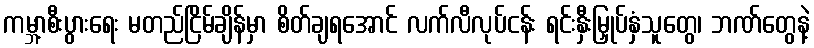
ကမ္ဘာ့စီးပွားရေး မတည်ငြိမ်ချိန်မှာ စိတ်ချရအောင် လက်လီလုပ်ငန်း ရင်းနှီးမြှုပ်နှံသူတွေ၊ ဘဏ်တွေနဲ့